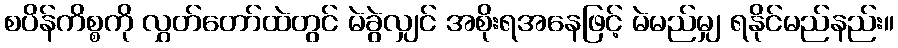
စပိန်ကိစ္စကို လွှတ်တော်ထဲတွင် မဲခွဲလျှင် အစိုးရအနေဖြင့် မဲမည်မျှ ရနိုင်မည်နည်း။